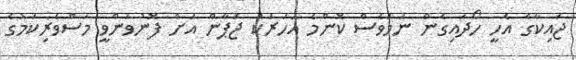
ޖައިކާގެ އެހީ ހޯދައިގެން ނަމަވެސް ކޮންމެ އަހަރަކު ޖަޕާން އަށް ފޮނުވަންވީ މަސްވެރިކަމުގެ